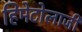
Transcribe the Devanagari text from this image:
हिमेटोलाजी